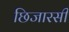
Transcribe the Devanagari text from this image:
छिजारसी